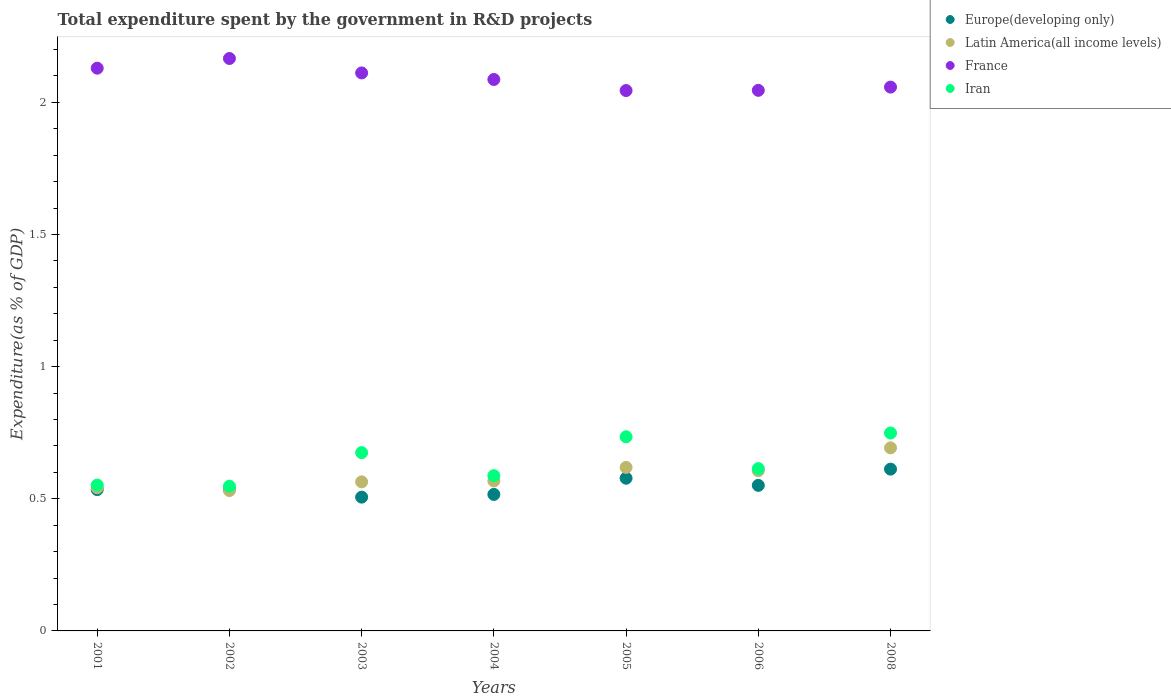
| Years | Europe(developing only) | Latin America(all income levels) | France | Iran |
 | --- | --- | --- | --- | --- |
 | 2001 | 0.535 | 0.542 | 2.13 | 0.552 |
 | 2002 | 0.536 | 0.531 | 2.17 | 0.548 |
 | 2003 | 0.506 | 0.564 | 2.11 | 0.675 |
 | 2004 | 0.516 | 0.567 | 2.09 | 0.587 |
 | 2005 | 0.578 | 0.619 | 2.04 | 0.735 |
 | 2006 | 0.551 | 0.606 | 2.05 | 0.614 |
 | 2008 | 0.612 | 0.693 | 2.06 | 0.749 |